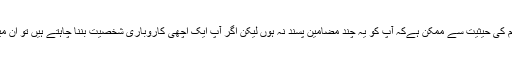
معروف ویب سائٹ Entrepreneur.com کہتی ہے کہ طالب علم کی حیثیت سے ممکن ہےکہ آپ کو یہ چند مضامین پسند نہ ہوں لیکن اگر آپ ایک اچھی کاروباری شخصیت بننا چاہتے ہیں تو ان میں سے چند مضامین کا انتخاب متعدد شعبہ جات میں کام آ سکتا ہے۔